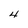
Character: 4